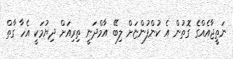
ނަތީޖާއެއްގެ ގޮތުން އެ ކުންފުންޏަށް ލިބޭ އާމްދަނީ ތިރިއަށް ދިޔުމަކީ އެހާ ގާތް